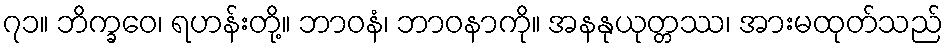
၇၁။ ဘိက္ခဝေ၊ ရဟန်းတို့။ ဘာဝနံ၊ ဘာဝနာကို။ အနနုယုတ္တဿ၊ အားမထုတ်သည်